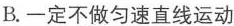
B.一定不做匀速直线运动